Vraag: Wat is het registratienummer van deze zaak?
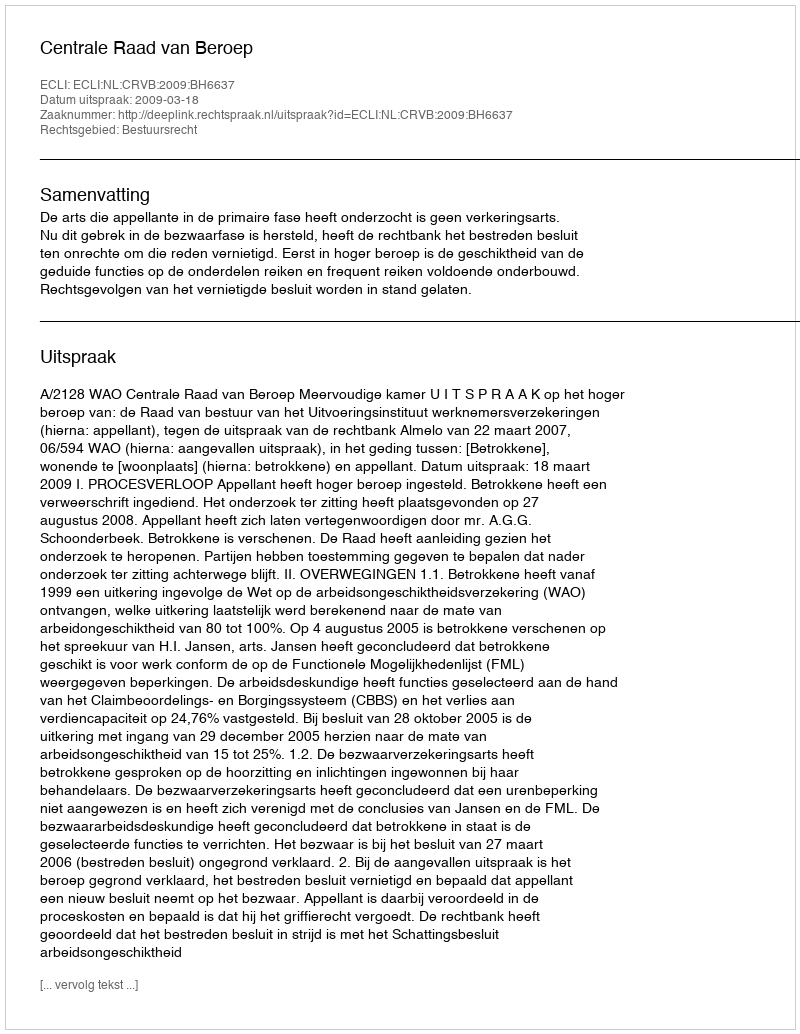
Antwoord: http://deeplink.rechtspraak.nl/uitspraak?id=ECLI:NL:CRVB:2009:BH6637